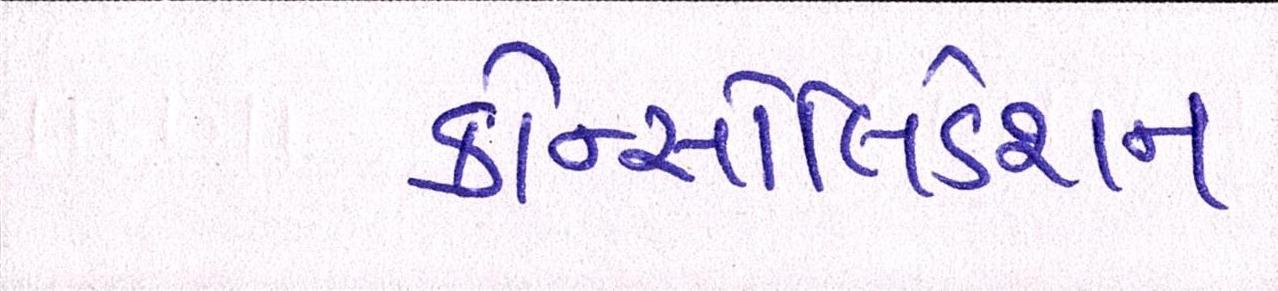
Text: કોન્સોલિડેશન